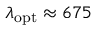
\lambda _ { \mathrm { o p t } } \approx 6 7 5